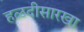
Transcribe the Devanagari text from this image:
हळदीसारखा